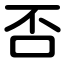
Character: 否